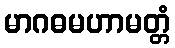
မာဂဓမဟာမတ္တံ